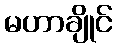
မဟာချိုင်